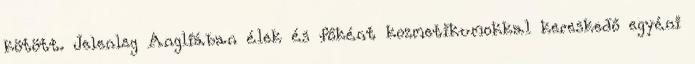
kötött. Jelenleg Angliában élek és főként kozmetikumokkal kereskedő egyéni